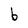
Character: b